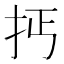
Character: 𢪪